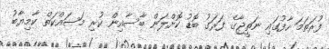
ފުރަތަމަ ހާފުގައި ނަތީޖާގެ ފަރަގު ބޮޑު ކޮށްލަން ބާސާއިން ކުރި މަސައްކަތް ކާމިޔާބު